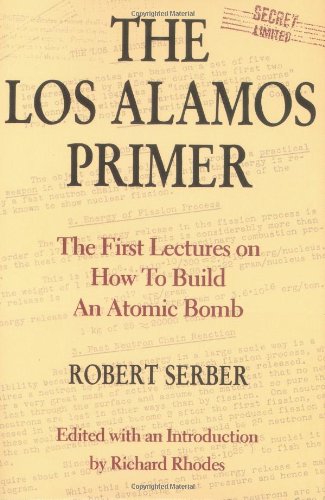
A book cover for The Los Alamos Primer: The First Lectures on How To Build an  Atomic Bomb; Robert Serber; Science & Math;